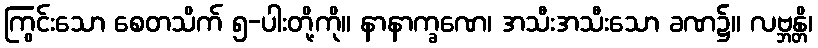
ကြွင်းသော စေတသိက် ၅-ပါးတို့ကို။ နာနာက္ခဏေ၊ အသီးအသီးသော ခဏ၌။ လဗ္ဘန္တိ၊